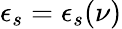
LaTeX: \epsilon_{s}=\epsilon_{s}(\nu)